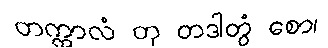
တက္ကာလံ တု တဒါတွံ စော၊